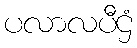
ပလာလပီဌံ